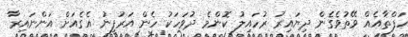
ހަފްތާއެއް ވޭތުވެގެން ދިޔައިރު ރުހައިލު ކޮންމެ ދުވަހަކު ހެން އަރުފީނު އެގެއަށް އަންނައިރާ